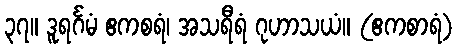
၃၇။ ဒူရင်္ဂမံ ဧကစရံ၊ အသရီရံ ဂုဟာသယံ။ (ဧကစာရံ)